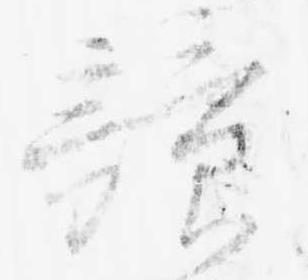
競